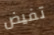
تفيض